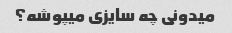
میدونی چه سایزی میپوشه؟